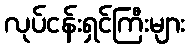
လုပ်ငန်းရှင်ကြီးများ